Annual statistical returns and brief notes on vaccination in Bengal - 1896-1909
Year: 1896
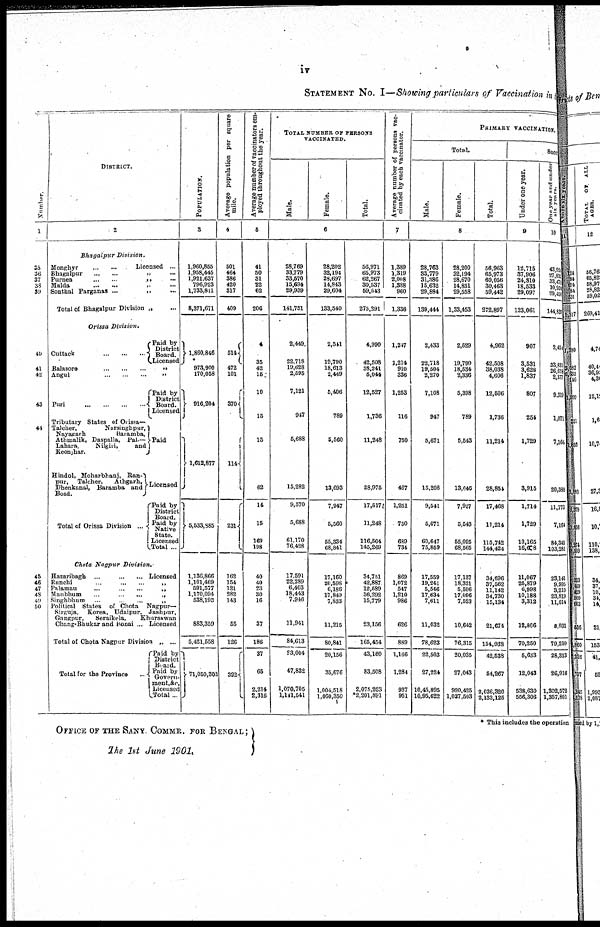
iv
STATEMENT No. I—Showing particulars of Vaccination in
Number.
1
35
36
37
38
39
40
41
42
43
44
45
46
47
48
49
50
DISTRICT.
2
Bhagalpur
Division.
Monghyr
...
...
Licensed ...
Bhagalpur ... ... „ ...
Purnea ... ... „ ...
Malda
...
...
„
...
Sonthal Parganas ... ... „ ...
Total of Bhagalpur Division „ ...
Orissa
Division.
Cuttack
...
...
...
Paid by
District
Board.
Licensed
Balasore
...
...
..
„
Angul
...
...
...
„
Pari
...
...
...
...
Paid by
District
Board.
Licensed
Tributary States of Orissa—
Talcher,
Narsinghpur,
Nayagarh
Baramba,
Athmalik, Daspalla,
Pal—
Lahara,
Nilgiri,
and
Keonjhar.
Hindol, Moharbhanj, Ran-
pur,
Talcher,
Athgarh,
Dhenkanal, Baramba and
Boad.
Total of Orissa Division ...
Paid
Licensed
Paid by
District
Board.
Paid by
Native
State.
Licensed
Total ...
Chota Nagpur Division.
Hazaribagh
...
...
...
Licensed
Ranchi
...
...
...
„
Palamau
...
...
...
„
Manbhum
...
...
...
„
Singhbhum
...
...
...
„
Political States of Chota
Nagpur—
Sirguja,
Korea, Udaipur, Jashpur,
Gangpur,
Seraikela,
Khursawan
Chang-Bhukar and Ronai ... Licensed
Total of Chota Nagpur Division „ ...
Total for the Province
Paid by
District
Board.
Paid by
Govern
ment,&c.
Licensed
Total...
POPULATION.
3
1,960,855
1,958,445
1,921,637
796,923
1,733,811
8,371,671
1,860,846
973,900
170,058
916,204
1,612,877
5,533,885
1,136,866
1,101,469
591,577
1,170,094
538,193
883,359
5,421,558
71,050,302
Average population per square
mile.
4
501
464
386
420
317
409
514
472
101
370
114
231
162
154
121
282
143
55
126
392
Average number of vaccinators em-
ployed throughout the year.
5
41
50
31
22
62
206
4
35
42
15
10
15
15
62
14
15
169
198
40
40
23
30
16
37
186
37
65
2,214
2,316
TOTAL NUMBER OF PERSONS
VACCINATED.
Male.
Female.
Total.
6
28,769
33,779
33,570
15,694
29,939
141,751
2,449
22,718
19,628
2,595
7,121
947
5,688
15,282
9,570
5,688
61,170
76,428
17,591
22,289
6,403
18,443
7,946
11,941
84,613
23,004
47,832
1,070,705
1,141,641
28,202
32,194
28,697
14,843
29,604
133,540
2,541
19,790
18,613
2,449
5,406
789
5,560
13,693
7,947
5,560
55,334
68,841
17,160
20,598
6,186
17,849
7,833
11,215
80,841
20,156
35,676
1,004,518
1,060,350
56,971
65,973
62,267
30,537
59,543
275,291
4,990
42,508
38,241
6,044
12,527
1,736
11,248
28,975
17,517
11,248
116,504
145,269
34,751
42,887
12,689
36,292
15,779
23,156
165,454
43,160
83,508
2,075,223
*2,201,891
Average number of persons vac-
cinated by each vaccinator.
7
1,389
1,319
2,008
1,388
960
1,336
1,247
1,214
910
336
1,253
116
750
467
1,251
760
689
734
869
1,072
547
1,210
986
626
889
1,166
1,284
937
951
PRIMARY VACCINATION.
Total.
Male.
Female.
Total.
8
28,763
33,779
31,386
15,632
29,884
139,444
2,433
22,718
19,504
2,270
7,108
947
5,671
15,208
9,541
5,671
60,647
75,859
17,559
19,241
5,546
17,634
7,611
11,032
78,623
22,503
27,224
10,45,895
10,95,622
28,200
32,194
28,670
14,831
29,658
1,33,453
2,529
19,790
18,634
2,336
5,398
789
5,543
13,646
7,927
5,543
55,095
68,565
17,137
18,321
5,596
17,096
7,623
10,642
76,315
20,035
27,043
990,425
1,037,503
56,963
65,973
60,056
30,463
59,442
272,897
4,962
42,508
38,038
4,606
12,506
1,736
11,214
28,854
17,468
11,214
115,742
144,424
34,696
37,562
11,142
84,730
15,134
21,674
154,938
42,538
54,267
2,036,320
2,133,125
Succ
Under one year.
9
12,715
37,906
24,810
18,533
29,097
123,061
907
3,531
3,628
1,837
807
254
1,729
3,915
1,714
1,729
13,165
16,608
11,067
26,879
6,998
10,188
3,312
12,806
70,260
5,633
12,043
538,630
556,306
One year and under
six years.
10
43,92
27,83
33,47
10,20
29,401
144,83
2,451
33,831
26,671
2,377
9,319
1,071
7,164
20,383
11,773
7,164
84,345
103,282
23,141
9,995
3,210
23,819
11,014
8,031
79,210
28,313
26,916
1,302,572
1,357,801
* This includes the operation
OFFICE OF THE SANY. COMMR. FOR BENGAL;
The 1st June 1901.